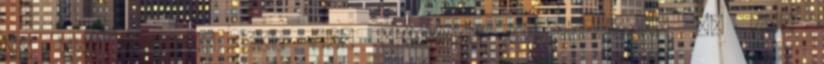
de ezt értesd meg egy hímmel. Esélytelen. Én meg